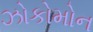
ઝોકોમોન